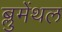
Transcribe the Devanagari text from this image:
ब्लुमेंथल